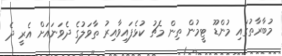
މުބާރާތުގައި މުންޑޫ ޓީމުން ތިން މެޗު ކުޅެފައިވާއިރު ތާވަލުގެ ދެވަނައަށް އެރީ ދެ